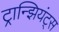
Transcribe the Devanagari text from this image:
ट्रान्झियंट्स